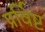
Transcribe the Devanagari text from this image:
प्रर्विष्ट